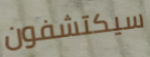
سيكتشفون